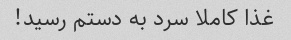
غذا کاملا سرد به دستم رسید!